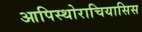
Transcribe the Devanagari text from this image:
आपिस्थोराचियासिस